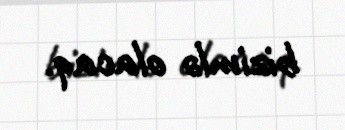
bizimlə olacaq.